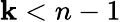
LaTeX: \mathbf{k}<n-1